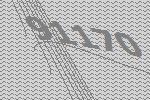
91170